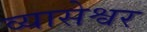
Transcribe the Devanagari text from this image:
व्यासेश्वर